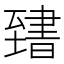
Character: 𦥌